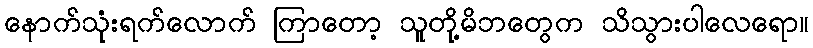
နောက်သုံးရက်လောက် ကြာတော့ သူတို့မိဘတွေက သိသွားပါလေရော။